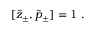
[ \tilde { z } _ { \pm } , \tilde { p } _ { \pm } ] = 1 ~ .